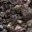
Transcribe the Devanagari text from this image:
सेलबर्ग